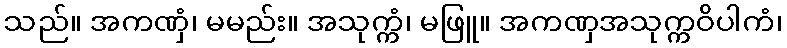
သည်။ အကဏှံ၊ မမည်း။ အသုက္ကံ၊ မဖြူ။ အကဏှအသုက္ကဝိပါကံ၊